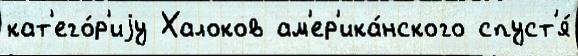
кат'его́р'иjу Халоков ам'ер'ика́нского спуст'я́